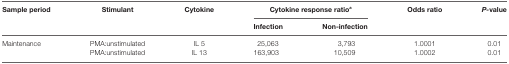
<table><thead><tr><td rowspan="2"><b>Sample period</b></td><td rowspan="2"><b>Stimulant</b></td><td rowspan="2"><b>Cytokine</b></td><td colspan="2"><b>Cytokine response ratio<sup>a</sup></b></td><td rowspan="2"><b>Odds ratio</b></td><td rowspan="2"><b><i>P-</i>value</b></td></tr><tr><td><b>Infection</b></td><td><b>Non-infection</b></td></tr></thead><tbody><tr><td>Maintenance</td><td>PMA:unstimulated</td><td>IL 5</td><td>25,063</td><td>3,793</td><td>1.0001</td><td>0.01</td></tr><tr><td></td><td>PMA:unstimulated</td><td>IL 13</td><td>163,903</td><td>10,509</td><td>1.0002</td><td>0.01</td></tr></tbody></table>